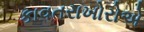
કાવતરાખોરોએ